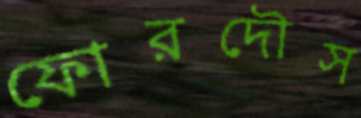
ফোরদৌস